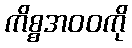
ကိစ္စအဝဝကို